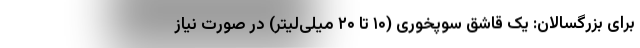
برای بزرگسالان: یک قاشق سوپخوری (۱۰ تا ۲۰ میلی‌لیتر) در صورت نیاز